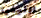
اوليفيا